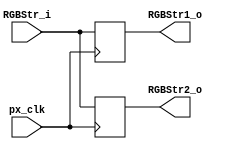
module PxsSplit2 (
            input wire       px_clk,           	// pixel clock
			input wire [25:0] RGBStr_i,			// Input stream
			output reg [25:0] RGBStr1_o,		// Output stream 1
			output reg [25:0] RGBStr2_o			// Output stream 2
         );
		 
always @(posedge px_clk)
begin
	RGBStr1_o <= RGBStr_i;
	RGBStr2_o <= RGBStr_i;
end

endmodule